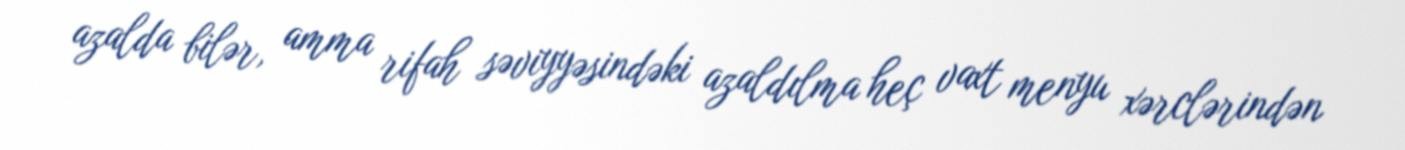
azalda bilər, amma rifah səviyyəsindəki azaldılma heç vaxt menyu xərclərindən